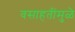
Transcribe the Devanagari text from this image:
वसाहतींमुळे